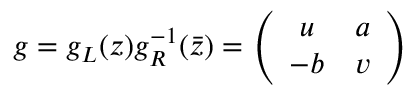
g = g _ { L } ( z ) g _ { R } ^ { - 1 } ( \bar { z } ) = \left( \begin{array} { c c } { { u } } & { { a } } \\ { { - b } } & { { v } } \end{array} \right)